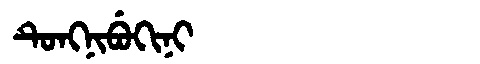
Manchu: ᡨᡠᠩᠨᡳᠪᡠᡴᡳᠨᡳ
Romanization: TUNGNIBUKINI